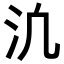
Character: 𪵬